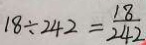
1 8 \div 2 4 2 = \frac { 1 8 } { 2 4 2 }